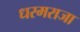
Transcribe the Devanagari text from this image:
धरमराजा